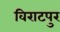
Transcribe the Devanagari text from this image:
विराटपुर